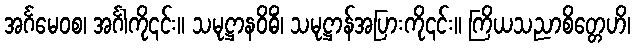
အင်္ဂမေဝစ၊ အင်္ဂါကို၎င်း။ သမုဋ္ဌာနဝိဓိံ၊ သမုဋ္ဌာန်အပြားကို၎င်း။ ကြိယသညာစိတ္တေဟိ၊